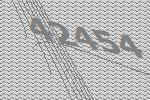
42454